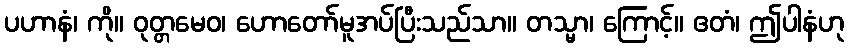
ပဟာနံ၊ ကို။ ဝုတ္တမေဝ၊ ဟောတော်မူအပ်ပြီးသည်သာ။ တသ္မာ၊ ကြောင့်။ ဧတံ၊ ဤပါနံဟု